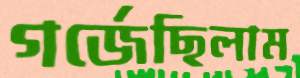
গর্‌জেছিলাম